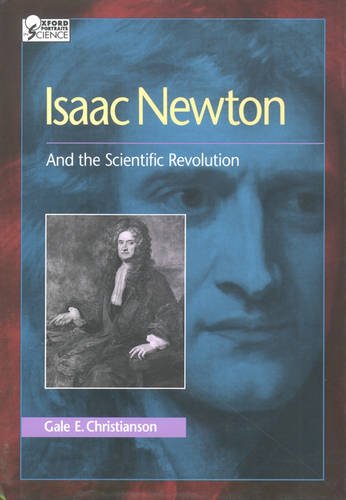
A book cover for Isaac Newton: And the Scientific Revolution (Oxford Portraits in Science); Gale E. Christianson; Teen & Young Adult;